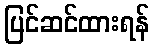
ပြင်ဆင်ထားရန်